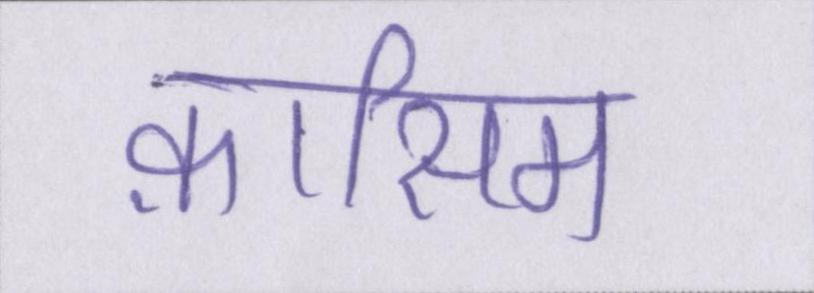
क़ासिम